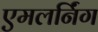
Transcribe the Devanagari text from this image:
एमलर्निंग